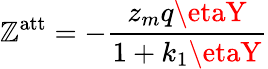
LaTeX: \mathbb{Z}^{\mathrm{{{att}}}}=-{\frac{{z_{m}q\etaY}}{{1+k_{1}\etaY}}}